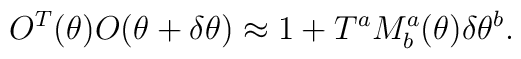
O^T(\theta )O(\theta + \delta \theta )\approx 1+T^a M^a_b(\theta)\delta \theta^b.